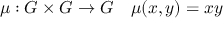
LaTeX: \mu : G \times G \to G \quad \mu ( x , y ) = x y